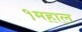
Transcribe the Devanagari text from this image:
१महाल